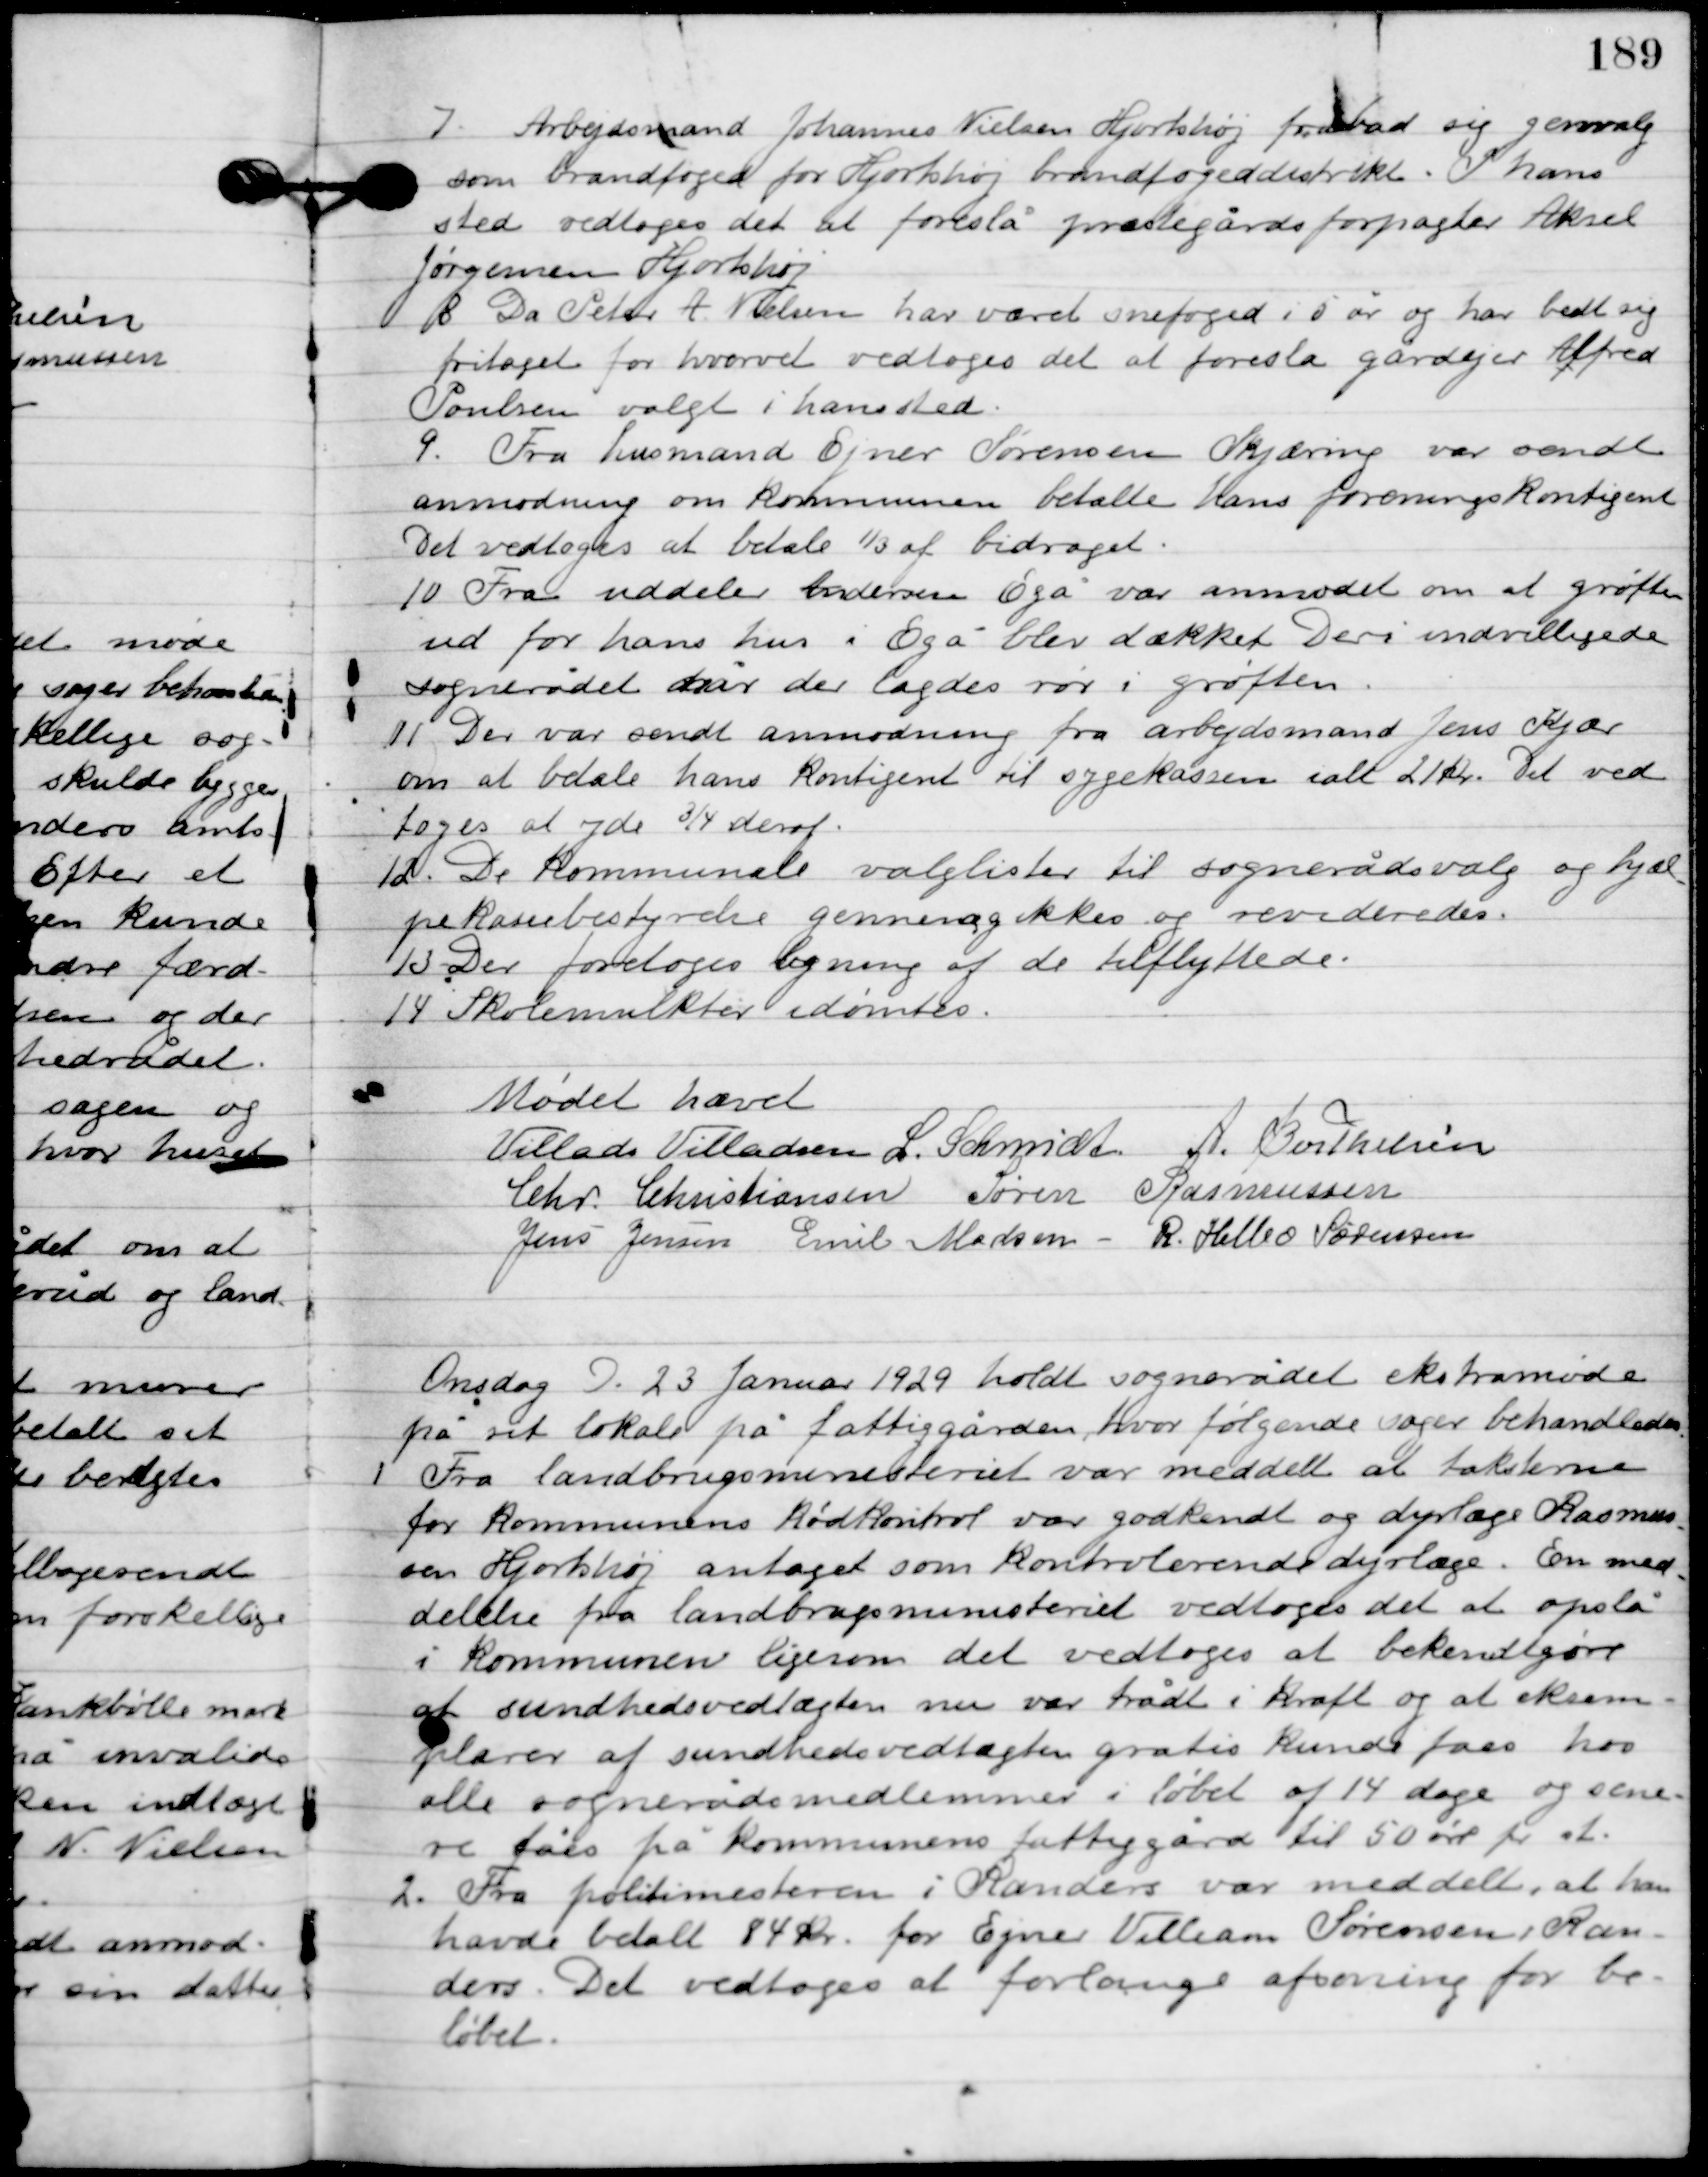
Transskription:
7

Arbejdsmand Johannes Nielsen Hjortshøj fribad sig genvalg
som brandfoged for Hjortshøj brandfogeddistrikt. I hans
sted vedtoges det at foreslå præstegårdsforpagter Aksel
Jørgensen Hjortshøj.

8

Da Peter A. Nielsen har været snefoged i 5 år og har bedt sig
fritaget for hvervet vedtoges det at foreslå gårdejer Alfred
Poulsen valgt i hans sted.

9

Fra husmand Ejner Sørensen Skjæring var sendt
 anmodning om kommunen betalte hans foreningskontingent.
Det vedtoges at betale 1/3 af bidraget.

10

Fra uddeler Andersen Egå var anmodet om at grøften
ud fra hans hus i Egå blev dækket. Deri indvilligde
sognerådet når der lagdes rør i grøften.

11

Der var sendt anmodning fra arbejdsmand Jens Kjær
om at betale hans kontingent til sygekassen i alt 21 kr.
Det vedtoges at yde ¾ deraf.

12

De kommunale valglister til sognerådets valg og hjæl-
pekassebestyrelse gennemgikkes og revideredes.

13

Der foretoges beregning af de tilflyttede.

14

Skolemulkter idømtes.

Mødet hævet

Villads J. Villadsen
I. Schmidt
A. Berthelsen
Chr. Christiansen
Søren Rasmussen
R. Helbo Sørensen
Jens Jensen
Emil Madsen

Onsdag D. 23. Januar 1929. holdt sognerådet ekstramøde
på sit lokale på fattiggård, hvor følgende sager behandledes.

1

Fra landbrugsmemeriet var meddelt at folkene
for kommunens kødkontrol var godkendt og dyrlæge Rasmus-
sen Hjortshøj antaget som kontrollerende dyrlæge. En med-
delelse fra landbrugsministeriet vedtoges det at opslå
i kommunen ligesom det vedtoges at bekendtgøre
af sundhedsvedtægten nu var trådt i kraft og at eksem-
plarer af sundhedsvedtægten gratis kunde fås hos
alle sognerådsmedlemmer i løbet af 14 dage og sene-
re fås på kommunens fattiggård til 50 øre pr. st.

2

Fra politimesteren i Randers var meddelt, at han
havde betalt 84 kr. for Ejner Villiam Sørensen Ran-
ders. Det vedtoges at forlange afsoning for be-
løbet.